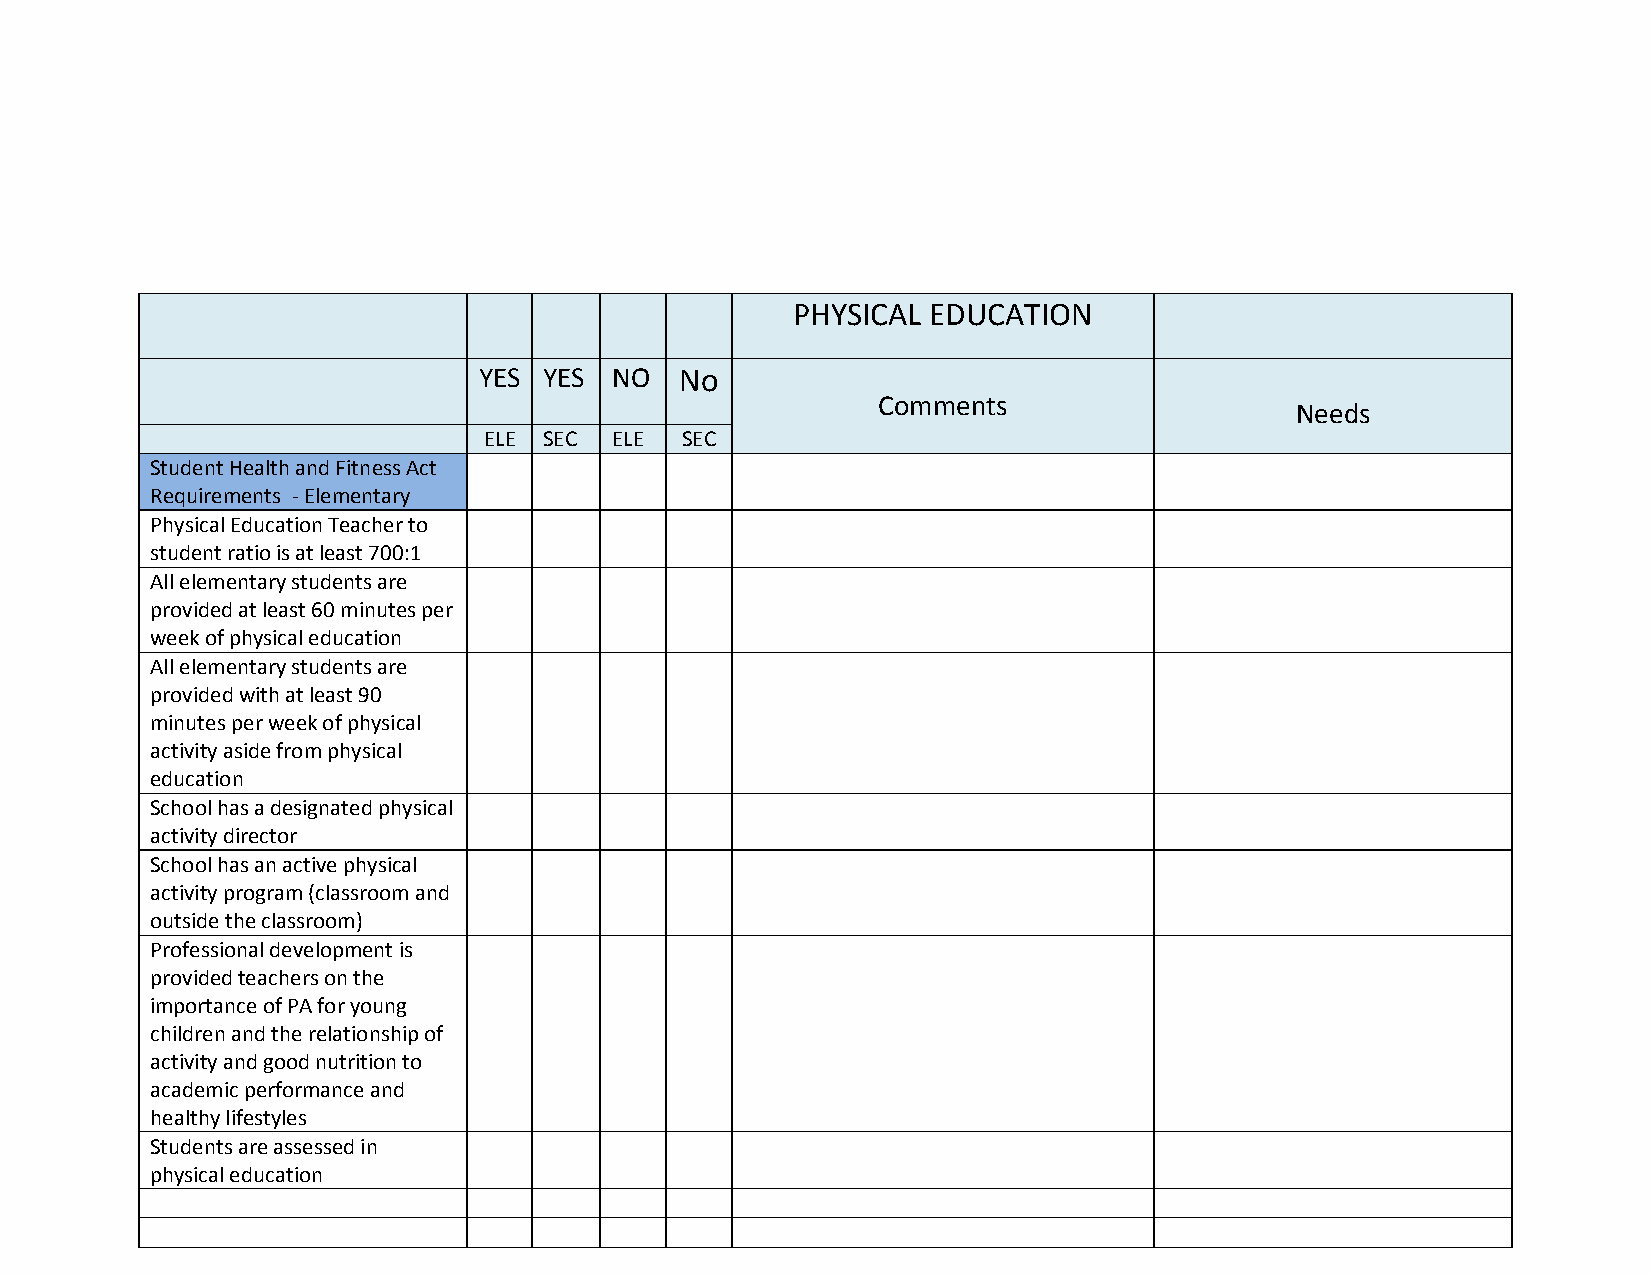
PHYSICAL EDUCATION
 YES YES NO   No
 Comments
 Needs
 ELE SEC ELE  SEC
 Student Health and Fitness Act
 Requirements - Elementary
 Physical Education Teacher to
 student ratio is at least 700:1
 All elementary students are
 provided at least 60 minutes per
 week of physical education
 All elementary students are
 provided with at least 90
 minutes per week of physical
 activity aside from physical
 education
 School has a designated physical
 activity director
 School has an active physical
 activity program (classroom and
 outside the classroom)
 Professional development is
 provided teachers on the
 importance of PA for young
 children and the relationship of
 activity and good nutrition to
 academic performance and
 healthy lifestyles
 Students are assessed in
 physical education